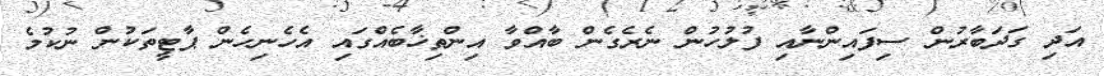
އަދި ގަދަބާރުން ސިފައިންނާއި ފުލުހުން ނެރެގެން ބާއްވާ އިންތިޚާބެއްގައި އެހެނިހެން ޕާޓީތަކުން ނުކުމެ